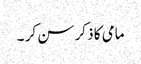
مامی کا ذکر سن کر ۔